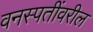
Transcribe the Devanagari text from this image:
वनस्पतींवरील